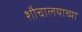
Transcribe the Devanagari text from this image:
शौचालयाच्या